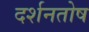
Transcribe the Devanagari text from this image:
दर्शनतोष